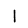
Digit: 1